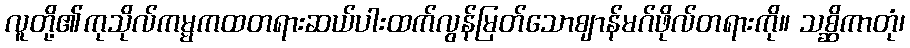
လူတို့၏ကုသိုလ်ကမ္မကထတရားဆယ်ပါးထက်လွန်မြတ်သောဈာန်မဂ်ဖိုလ်တရားကို။ သစ္ဆိကာတုံ၊